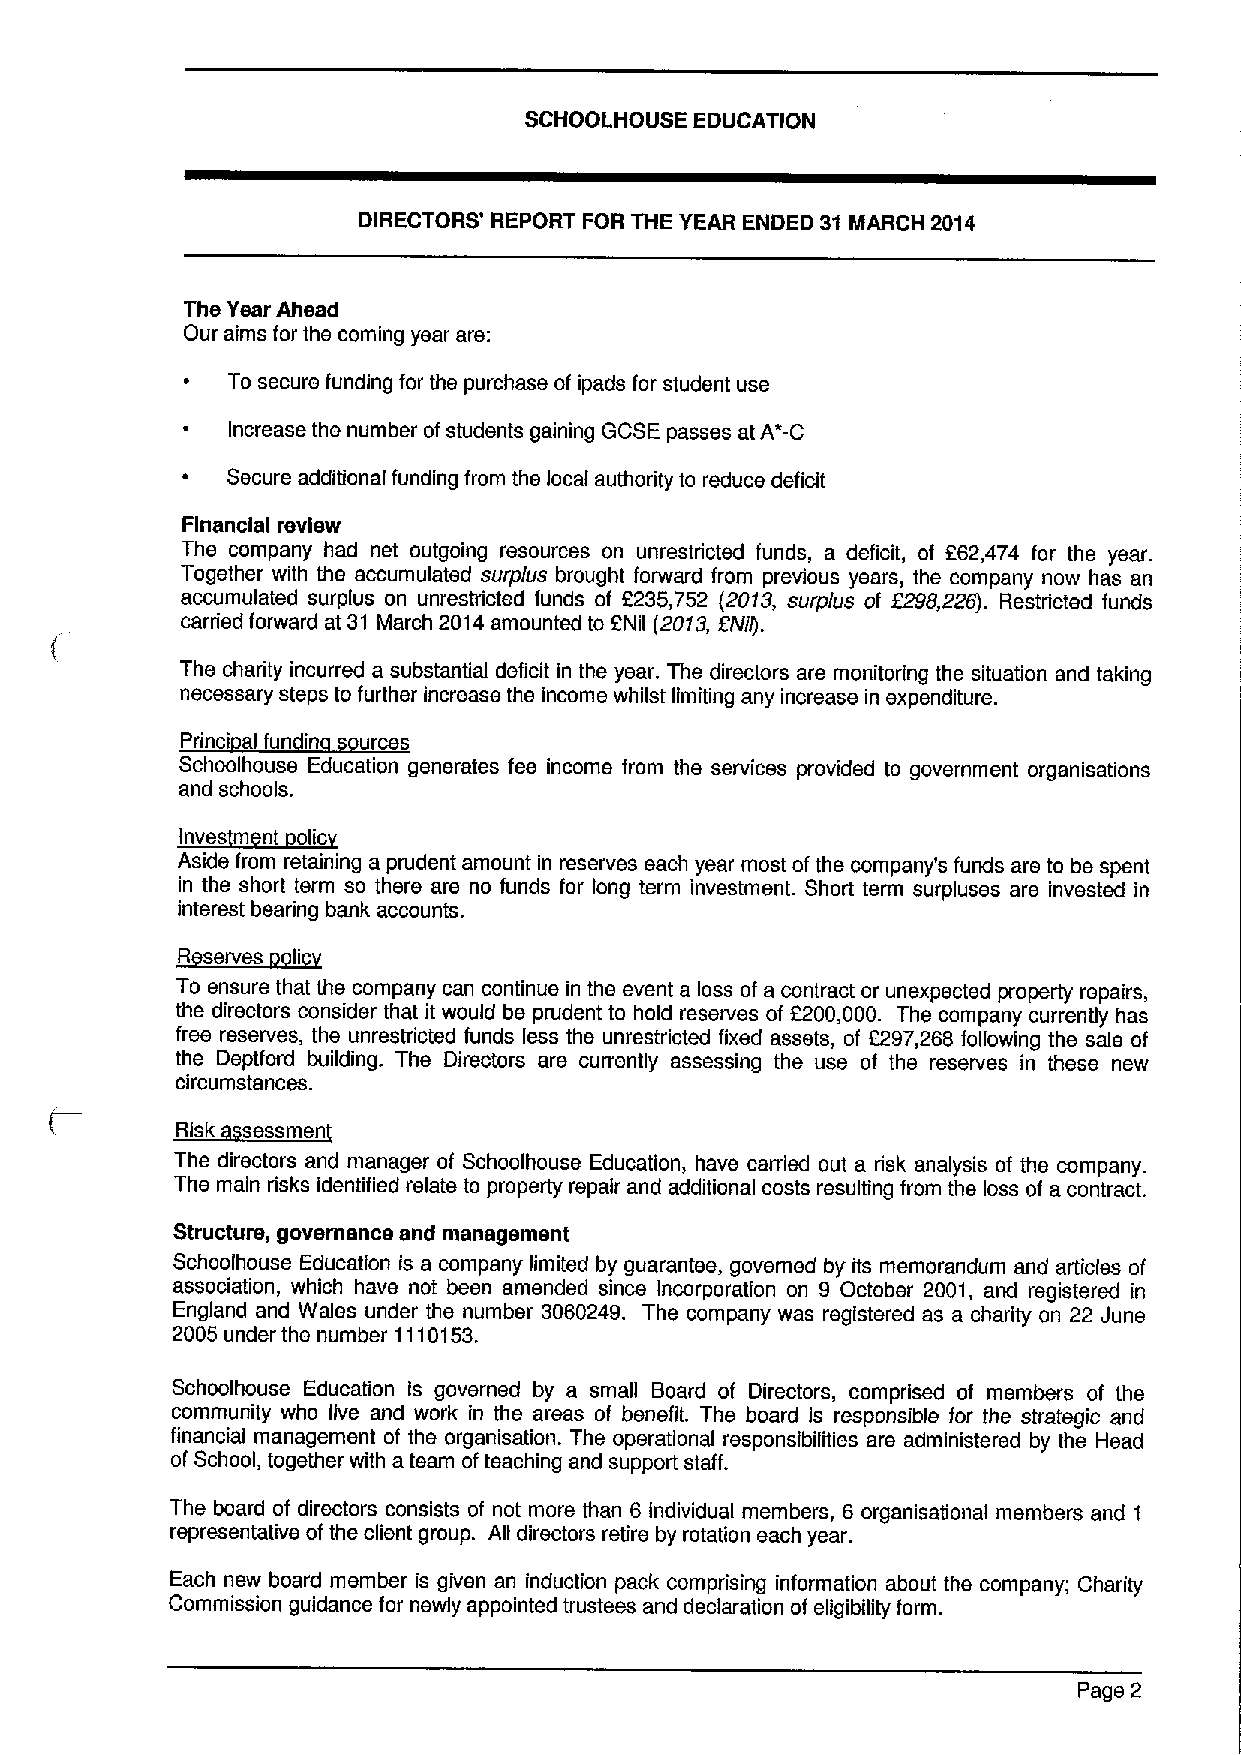
SCHOOLHOUSE EDUCATION
 DIRECTORS' REPORT FOR THE YEAR ENDED 31 MARCH 2014
 The Year Ahead
 Our aims for the coming year are:
 To secure funding for the purchase of ipads for student use
 Increase the number of students gaining GCSE passes at A*-C
 Secure additional funding from the local authority to reduce deficit
 Financial review
 The company had net outgoing resources on unrestricted funds, a deficit, of 262,474 for the year.
 Together with the accumulated surplus brought forward from previous years, the company now has an
 accumulated surplus on unrestricted funds of 2235,752 (2013, surplus of F298,228). Restricted funds
 carried forward at 31 March 2014amounted to ENII (20f3, ZNlff.
 The charity incurred a substantial deficit in the year. The directors are monitoring the situation and taking
 necessary steps to further increase the income whilst limiting any increase in expenditure.
 Princi al fun in urces
 Schoolhouse Education generates fee income from the services provided to government organisations
 and schools.
 *
 Aside from retaining a prudent amount in reserves each year most ofthe company's funds are to be spent
 in the short term so there are no funds for long term investment. Short term surpluses are invested in
 interest bearing bank accounts.
 soli
 ~Rserv
 To ensure that the company can continue in the event a loss of a contract or unexpected property repairs,
 the directors consider that it would be prudent to hold reserves of 6200,000. The company currently has
 free reserves, the unrestricted funds less the unrestricted fixed assets, of 2297,266 following the sale of
 the Deptford building. The Directors are currently assessing the use of the reserves in these new
 circumstances.
 ~RI k
 The directors and manager of Schoolhouse Education, have carried out a risk analysis of the company.
 The main risks identified relate to property repair and additional costs resulting from the loss of a contract.
 Structure, governance and management
 Schoolhouse Education is a company limited by guarantee, governed by its memorandum and articles of
 association, which have not been amended since Incorporation on 9 October 2001, and registered in
 England and Wales under the number 3060249. The company was registered as a charity on 22 June
 2005 under the number 1110153.
 Schoolhouse Education is governed by a small Board of Directors, comprised of members of the
 community who live and work in the areas of benefit. The board is responsible for the strategic and
 financial management of the organisation. The operational responsibilities are administered by the Head
 ofSchool, together with a team ofteaching and support staff.
 The board of directors consists of not more than 6 individual members, 6 organisational members and 1
 representative ofthe client group. All directors retire by rotation each year.
 Each new board member is given an induction pack comprising information about the company; Charity
 Commission guidance for newly appointed trustees and declaration of eligibility form.
 Page 2